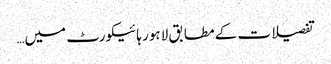
تفصیلات کے مطابق لاہور ہائیکورٹ میں…